Papers set at the Examination for Leaving Certificates, 1895
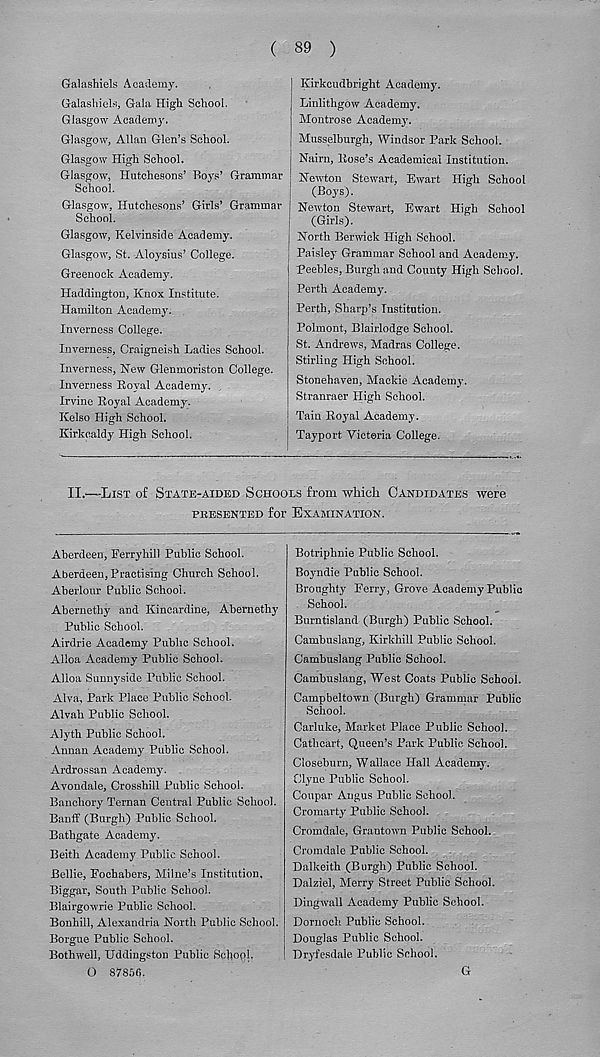
( 89 )
Galashiels Academy.
Galashiels, Gala High School.
Glasgow Academy.
Glasgow, Allan Glen’s School.
Glasgow High School.
Glasgow, Hutchesons’ Boys’ Grammar
School.
Glasgow, Hutchesons’ Girls’ Grammar
School.
Glasgow, Kelvinside Academy.
Glasgow, St. Aloysius’ College.
Greenock Academy.
Haddington, Knox Institute.
Hamilton Academy.
Inverness College.
Inverness, Craigneish Ladies School.
Inverness, New Glenmoriston College.
Inverness Eoyal Academy.
Irvine Eoyal Academy.
Kelso High School.
Kirkcaldy High School.
| Kirkcudbright Academy.
Linlithgow Academy.
Montrose Academy.
Musselburgh, Windsor Park School.
Nairn, Hose’s Academical Institution.
Newton Stewart, Ewart High School
(Boys).
Newton Stewart, Ewart High School
(Girls).
North Berwick High School.
Paisley Grammar School and Academy.
Peebles, Burgh and County High School.
Perth Academy.
Perth, Sharp’s Institution.
Polmont, Blairlodge School.
St. Andrews, Madras College.
Stirling High School.
Stonehaven, Maokie Academy.
Stranraer High School.
Tain Koyal Academy.
Tayport Victoria College.
II.—-List of State-aided Schools from Tvhi&k Candidates were
PRESENTED for EXAMINATION.
Aberdeen, Ferryhill Public School.
Aberdeen, Practising Church School.
Aberlour Public School.
Abernethy and Kincardine, Ahernethy
Public School.
Airdrie Academy Public School.
Alloa Academy Public School.
Alloa Sunnyside Public School.
Alva, Park Place Public School.
Alvah Public School.
Alyth Public School.
Annan Academy Public School.
Ardrossan Academy.
Avondale, Crossbill Public School.
Banchory Ternan Central Public School.
Banff (Burgh) Public School.
Bathgate Academy.
Beith Academy Public School.
Bellie, Fochabers, Milne’s Institution,
Biggar, South Public School.
Blairgowrie Public School.
Bonhill, Alexandria North Public School.
Borgue Public School.
Bothwell, Uddingston Public School,
O 87856.
Botriphnie Public School.
Boyndie Public School.
Broughty Ferry, Grove Academy Public
School.
Burntisland (Burgh) Public School.
Cambuslang, Kirkhill Public School.
Cambuslang Public School.
Cambuslang, West Coats Public School.
Campbeltown (Burgh) Grammar Public
School.
Carluke, Market Place Public School.
Cathcart, Queen’s Park Public School.
Closeburn, Wallace Hall Academy.
Clyne Public School.
Coupar Angus Public School.
Cromarty Public School.
Cromdale, Grantown Public School.
Cromdale Public School.
Dalkeith (Burgh) Public School.
Dalziel, Merry Street Public School.
Dingwall Academy Public School.
Dornoch Public School.
Douglas Public School.
Dryfesdale Public School.
G